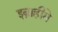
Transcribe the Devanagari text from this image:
इब्राहीमे